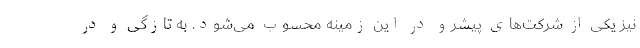
نیز یکی از شرکت‌های پیشرو در این زمینه محسوب می‌شود. به تازگی و در